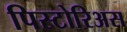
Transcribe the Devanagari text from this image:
पिस्टोरिअस